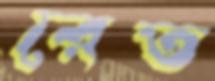
রেত